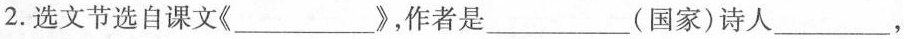
2.选文节选自课文《___》，作者是___(国家)诗人___，